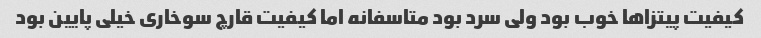
کیفیت پیتزاها خوب بود ولى سرد بود متاسفانه اما کیفیت قارچ سوخارى خیلى پایین بود